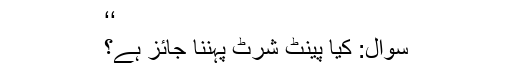
‘‘
سوال: کیا پینٹ شرٹ پہننا جائز ہے؟